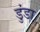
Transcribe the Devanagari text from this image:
डुंडा